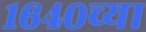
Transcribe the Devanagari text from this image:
१६४०च्या